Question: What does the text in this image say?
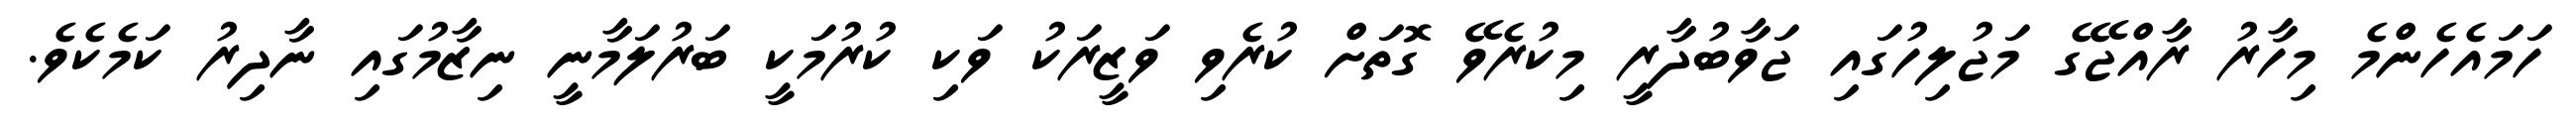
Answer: ހަމައެހެންމެ މިހާރު ރާއްޖޭގެ މަޖުލިހުގައި ޖަވާބުދާރީ މިކުރެވޭ ގޮތަށް ކުރެވި ވަޒީރަކު ވަކި ކުރުމަކީ ބަރުލަމާނީ ނިޒާމުގައި ނާދިރު ކަމެކެވެ.